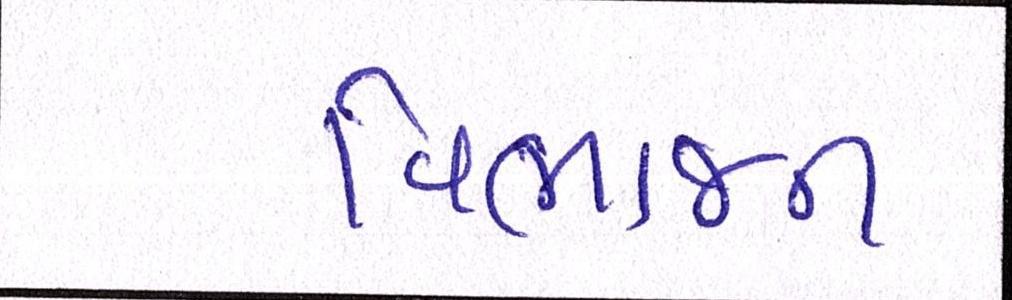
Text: વિભાજન